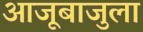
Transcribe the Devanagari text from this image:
आजूबाजुला